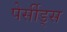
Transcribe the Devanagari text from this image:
पेर्सीड्स